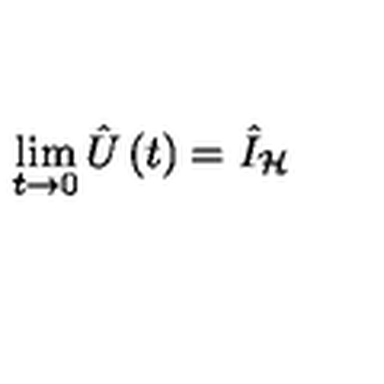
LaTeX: \lim _ { t \rightarrow 0 } \hat { U } \left( t \right) = \hat { I } _ { \mathcal { H } }